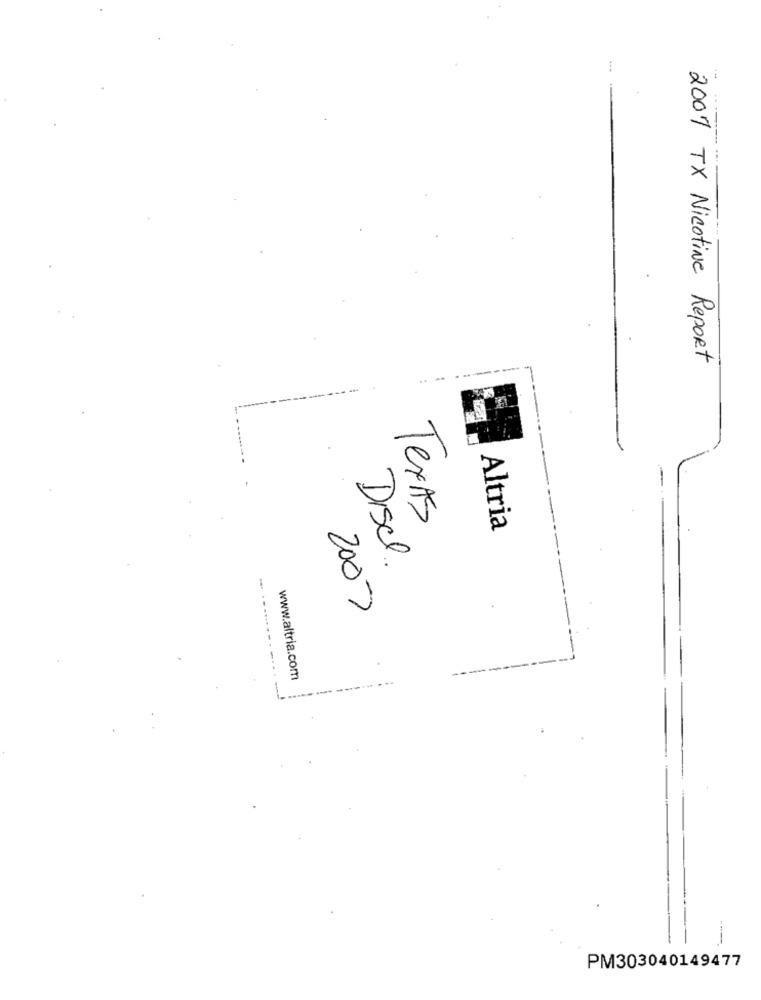
2007 TX Nicotine Report
Texas
Altria
Disel.
2007
--- ------- -
www.altria.com
PM303040149477